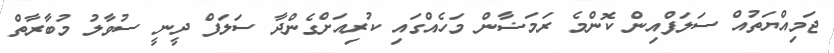
ޖަމިއްޔަތުއް ސަލަފްއިން ކޮންމެ ރަމަޟާން މަހެއްގައި ކުރިއަށްގެންދާ ސަލަފް ދީނީ ސުވާލު މުބާރާތް